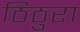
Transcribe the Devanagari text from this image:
ठिठुरा